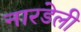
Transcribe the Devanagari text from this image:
नारडेली